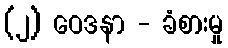
(၂) ဝေဒနာ - ခံစားမှု